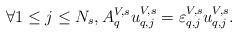
LaTeX: \begin{align*}\forall 1\leq j \leq N_s, A_q^{V,s}u_{q,j}^{V,s} = \varepsilon^{V,s}_{q,j}u_{q,j}^{V,s}.\end{align*}